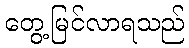
တွေ့မြင်လာရသည်